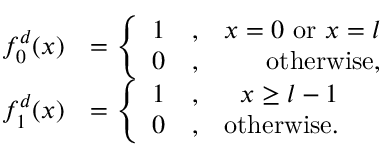
\begin{array} { r l } { f _ { 0 } ^ { d } ( x ) } & { = \left\{ \begin{array} { r l r } { 1 } & { , } & { x = 0 \mathrm { ~ o r ~ } x = l } \\ { 0 } & { , } & { \mathrm { o t h e r w i s e } , } \end{array} \right. } \\ { f _ { 1 } ^ { d } ( x ) } & { = \left\{ \begin{array} { r l r } { 1 } & { , } & { x \geq l - 1 } \\ { 0 } & { , } & { \mathrm { o t h e r w i s e } . } \end{array} \right. } \end{array}